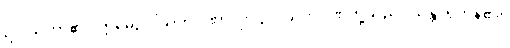
ဥပါသကာ၏။ ဣမေဥပါသကဂုဏာ၊ ဤဥပါသကဂုဏ်တို့သည်။ သန္တိ၊ ရှိကုန်၏။